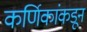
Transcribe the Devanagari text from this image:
कर्णिकांकडून